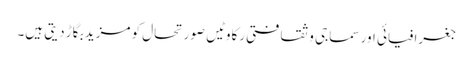
جغرافیائی اور سماجی و ثقافتی رکاوٹیں صورتحال کو مزید بگاڑ دیتی ہیں۔